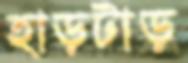
হাড়টাড়